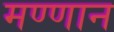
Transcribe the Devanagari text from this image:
मण्णान